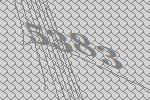
5383